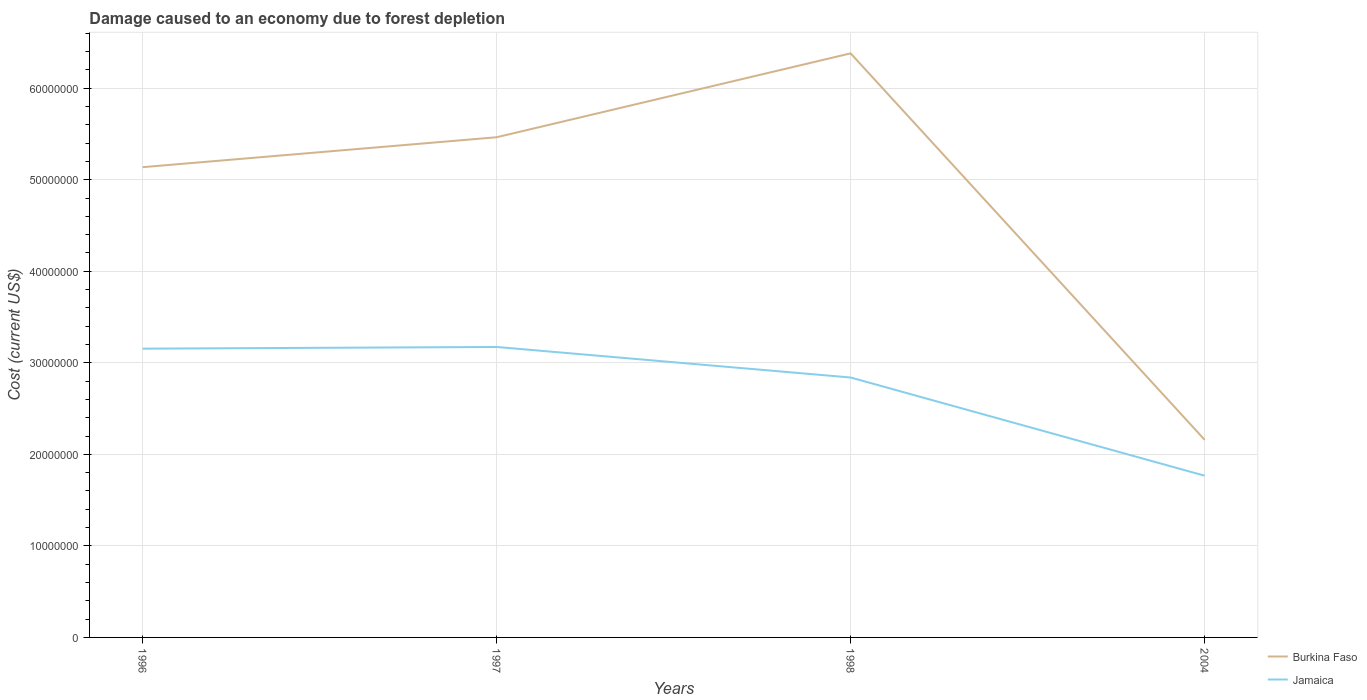
| Years | Burkina Faso | Jamaica |
 | --- | --- | --- |
 | 1996 | 5.14e+07 | 3.15e+07 |
 | 1997 | 5.46e+07 | 3.17e+07 |
 | 1998 | 6.38e+07 | 2.84e+07 |
 | 2004 | 2.16e+07 | 1.77e+07 |